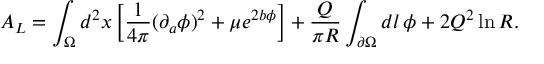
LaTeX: A _ { L } = \int _ { \Omega } d ^ { 2 } x \left[ { \frac { 1 } { 4 \pi } } ( \partial _ { a } \phi ) ^ { 2 } + \mu e ^ { 2 b \phi } \right] + { \frac { Q } { \pi R } } \int _ { \partial \Omega } d l \, \phi + 2 Q ^ { 2 } \ln { R } .